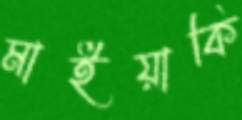
মাইয়াকি